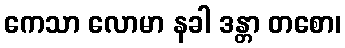
ကေသာ လောမာ နခါ ဒန္တာ တစော၊